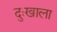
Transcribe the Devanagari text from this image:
दुःखाला